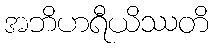
အဘိဟရီယိဿတိ